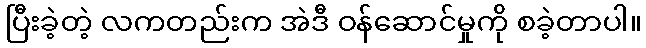
ပြီးခဲ့တဲ့ လကတည်းက အဲဒီ ဝန်ဆောင်မှုကို စခဲ့တာပါ။